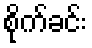
စိုက်ခင်း